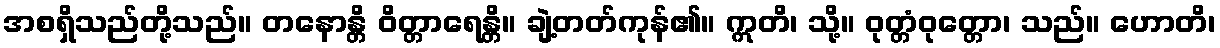
အစရှိသည်တို့သည်။ တနောန္တိ ဝိတ္တာရေန္တိ။ ချဲ့တတ်ကုန်၏။ ဣတိ၊ သို့။ ဝုတ္တံဝုတ္တော၊ သည်။ ဟောတိ၊